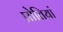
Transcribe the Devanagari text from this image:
प्रोतियां